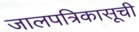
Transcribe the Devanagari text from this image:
जालपत्रिकासूची